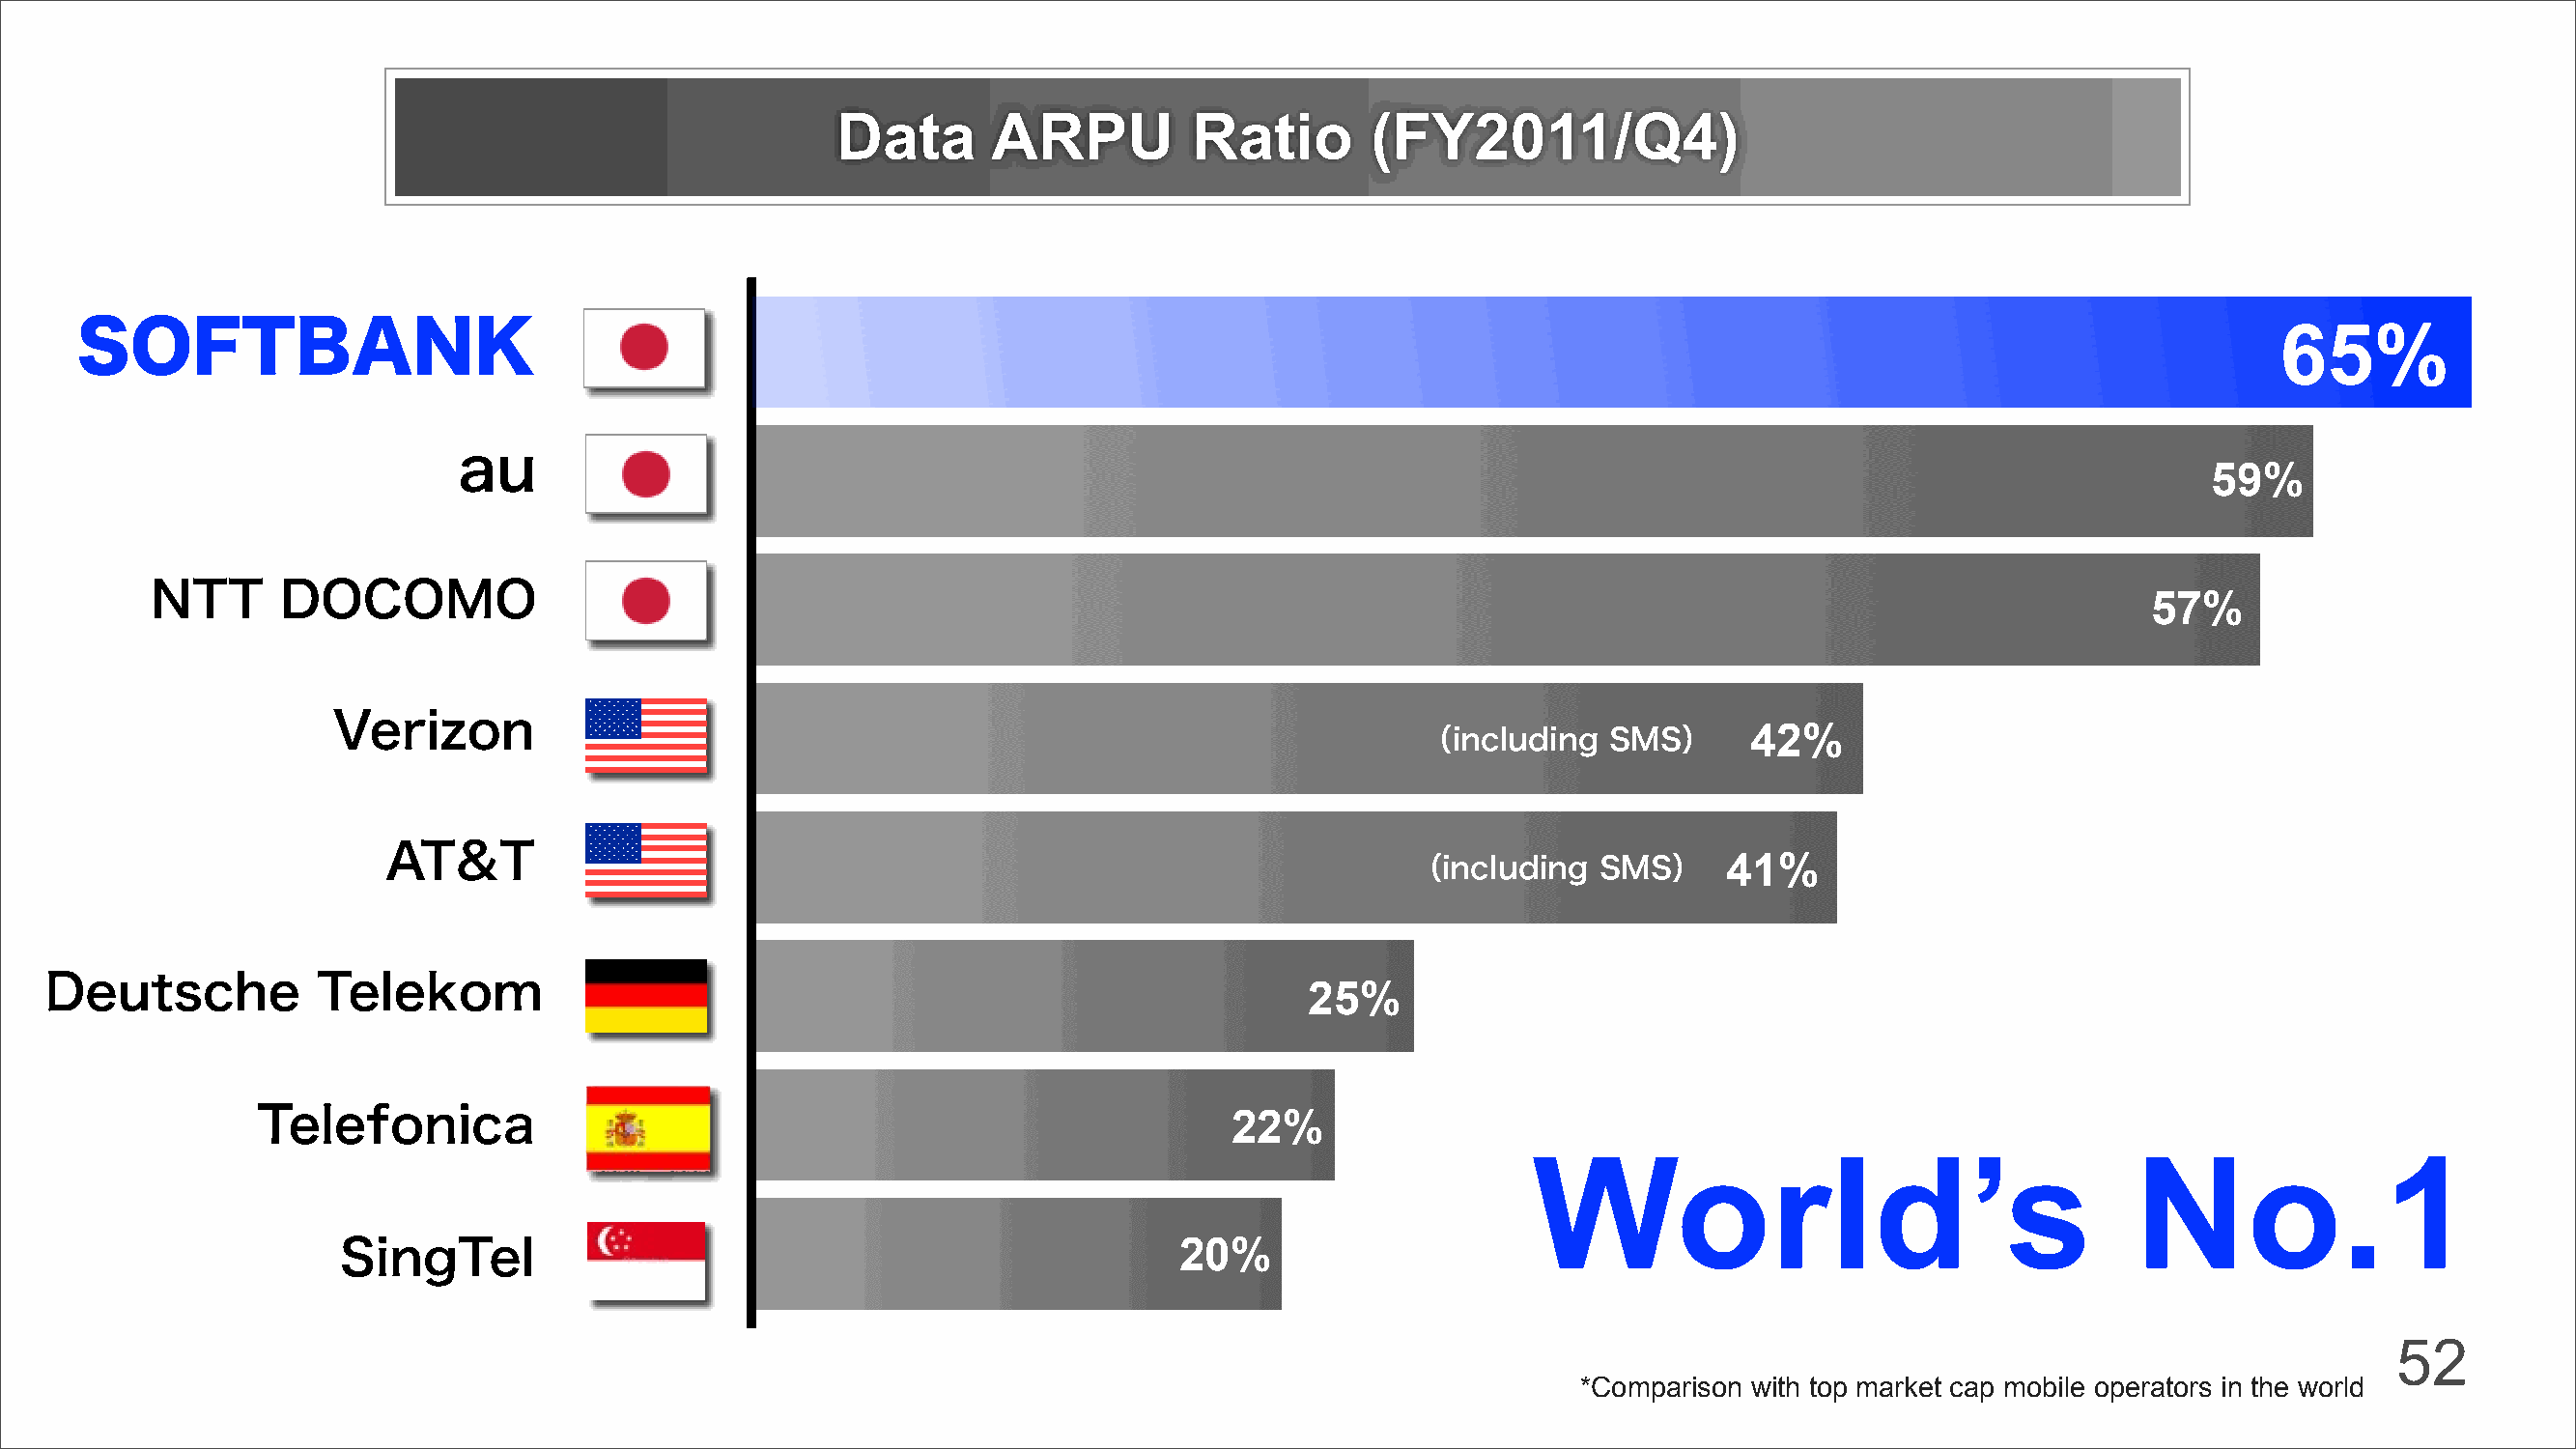
Data       ARPU          Ratio       (FY2011/Q4)
 65%
 SOFTBANK
 au                                                                                                                       59%
 NTT      DOCOMO                                                                                                                          57%
 Verizon                                                                                          42%
 （including   SMS）
 AT&T                                                                                        41%
 （including   SMS）
 Deutsche           Telekom                                                             25%
 22%
 Telefonica
 World’s                                  No.1
 20%
 SingTel
 52
 *Comparison with top market cap mobile operators in the world